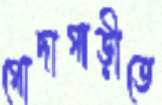
গোদাগাড়ীতে